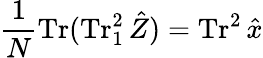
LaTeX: \frac{1}{N}\operatorname{Tr}(\operatorname{Tr}_{1}^{2}\hat{Z})=\operatorname{Tr}^{2}\hat{x}